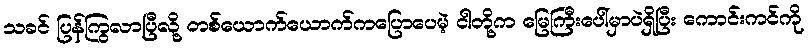
သခင် ပြန်ကြွလာပြီလို့ တစ်ယောက်ယောက်ကပြောပေမဲ့ ငါတို့က မြေကြီးပေါ်မှာပဲရှိပြီး ကောင်းကင်ကို